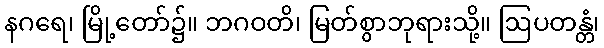
နဂရေ၊ မြို့တော်၌။ ဘဂဝတိ၊ မြတ်စွာဘုရားသို့။ ဩပတန္တံ၊